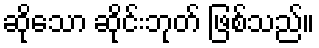
ဆိုသော ဆိုင်းဘုတ် ဖြစ်သည်။